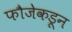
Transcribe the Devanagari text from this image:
फौजेकडून